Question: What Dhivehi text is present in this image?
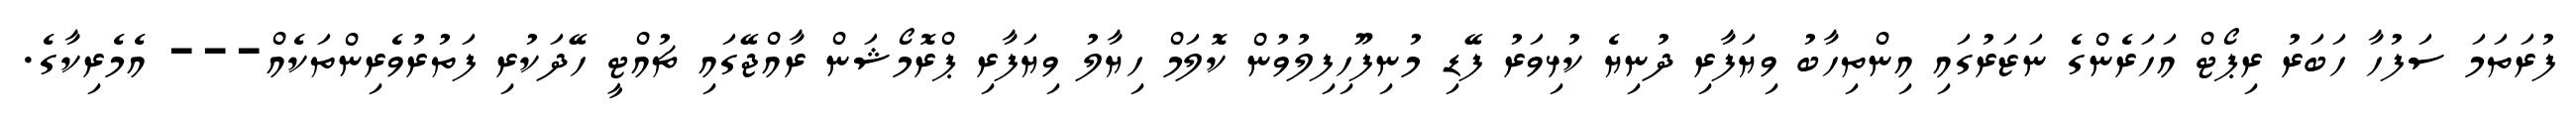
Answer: ފުރަތަމަ ސަފުހާ ހަބަރު ރިޕޯޓް އަހަރެންގެ ނަޒަރުގައި އިންތިހާބު ވިޔަފާރި ދުނިޔެ ކުޅިވަރު ފޭޑި މުނިފޫހިފިލުވުން ކޮލަމް ހިޔާލު ވިޔަފާރި ޕްރޮމޯޝަން ރާއްޖޭގައި ޗުއްޓީ ހޭދަކުރި ފަތުރުވެރިންތަކެއް--- އެމެރިކާގެ.